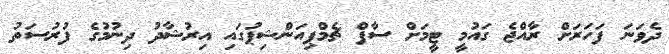
ދެވަނަ ފަހަރަށް ރާއްޖެ ގައުމީ ޓީމަށް ސާފް ޗެމްޕިއަންޝިޕުގައި އިރުޝާދު ދިނުމުގެ ފުރުސަތު